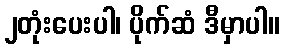
၂တုံးပေးပါ၊ ပိုက်ဆံ ဒီမှာပါ။